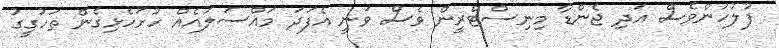
ފުލުހުންވެސް އަދި ޖެންޑާ މިނިސްޓްރީން ވެސް ވަނީ އެފަދަ މައްސަލައެއް ހުށަހެޅިގެން ތަހުގީގު